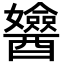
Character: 𨣻